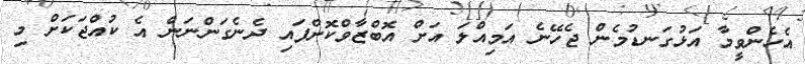
އެހެންވީމާ އަޅުގަނޑުމެން ޖެހޭނެ އަމިއްލަ އަށް އޮބްޒާވްކޮށްފައި ދެނެގަންނަން އެ ކުއްޖަކަށް މި